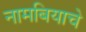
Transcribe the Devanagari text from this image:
नामबियाचे